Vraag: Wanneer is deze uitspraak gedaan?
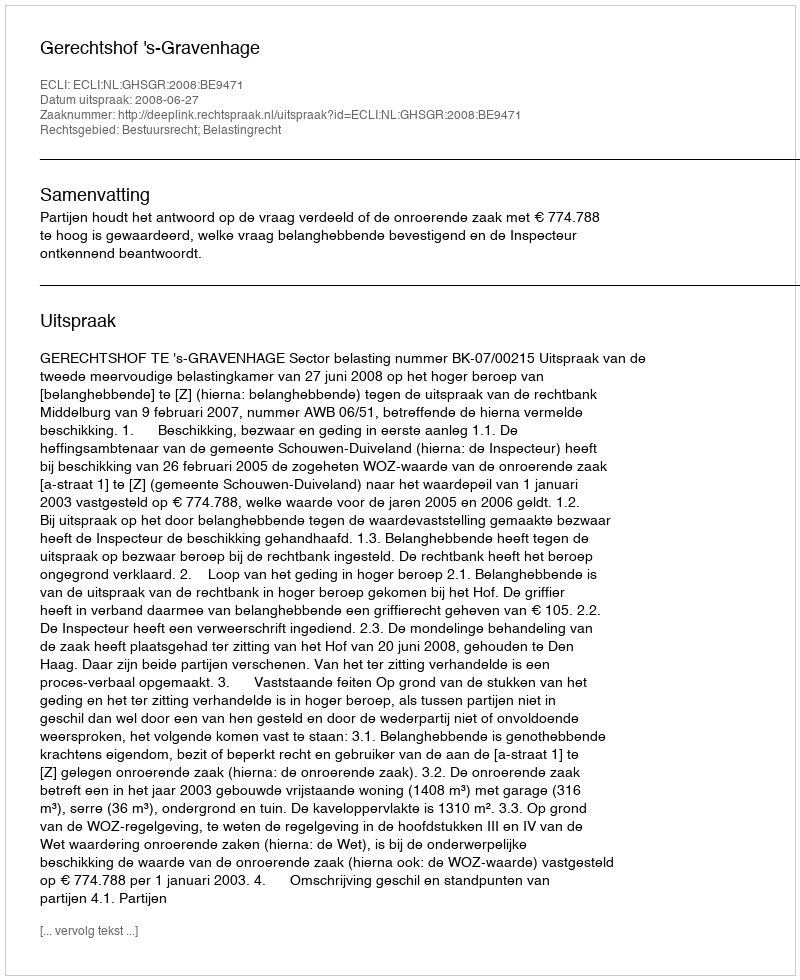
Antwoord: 2008-06-27